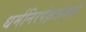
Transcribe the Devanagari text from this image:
धर्मनिरपेक्षतावादी